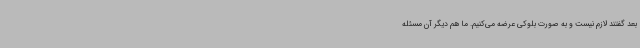
بعد گفتند لازم نیست و به صورت بلوکی عرضه می‌کنیم. ما هم دیگر آن مسئله